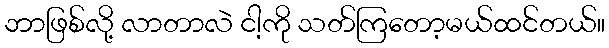
ဘာဖြစ်လို့ လာတာလဲ ငါ့ကို သတ်ကြတော့မယ်ထင်တယ်။